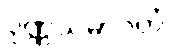
ပုဏ္ဏသမာဂတံ